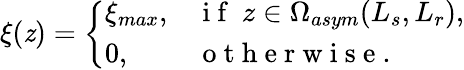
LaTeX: \xi(\mathit{z})=\left\{ \begin{array}{ll}{\xi_{max},}&{\mathrm{~i~f~}\ z\in\Omega_{asym}(L_{s},L_{r}),}\\ {0,}&{\mathrm{~o~t~h~e~r~w~i~s~e~.~}}\end{array}\right.